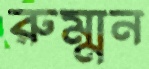
রুম্মন